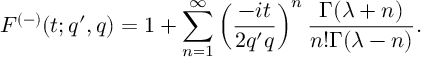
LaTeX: F ^ { ( - ) } ( t ; q ^ { \prime } , q ) = 1 + \sum _ { n = 1 } ^ { \infty } \left( \frac { - i t } { 2 q ^ { \prime } q } \right) ^ { n } \frac { \Gamma ( \lambda + n ) } { n ! \Gamma ( \lambda - n ) } .